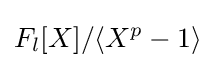
F_{l}[X]/\langle X^{p}-1\rangle